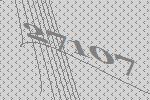
27107